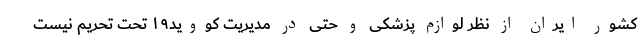
کشور ایران از نظر لوازم پزشکی و حتی در مدیریت کووید۱۹ تحت تحریم نیست